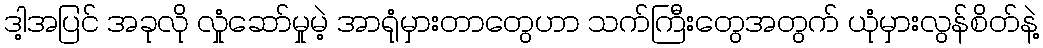
ဒါ့အပြင် အခုလို လှုံဆော်မှုမဲ့ အာရုံမှားတာတွေဟာ သက်ကြီးတွေအတွက် ယုံမှားလွန်စိတ်နဲ့